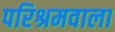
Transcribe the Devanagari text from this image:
परिश्रमवाला